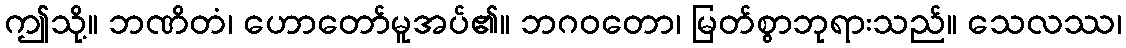
ဤသို့။ ဘဏိတံ၊ ဟောတော်မူအပ်၏။ ဘဂဝတော၊ မြတ်စွာဘုရားသည်။ သေလဿ၊